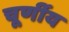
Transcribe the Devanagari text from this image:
चूर्णीय